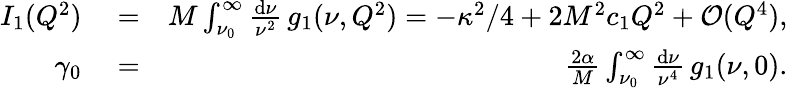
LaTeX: \begin{array}{rlr}{I_{1}(Q^{2})}&{{}=}&{M\int_{\nu_{0}}^{\infty}\frac{\mathrm{d}\nu}{\nu^{2}}\, g_{1}(\nu,Q^{2})=-\kappa^{2}/4+2M^{2}c_{1}Q^{2}+\mathcal{O}(Q^{4}),}\\ {\gamma_{0}}&{{}=}&{\frac{2\alpha}{M}\int_{\nu_{0}}^{\infty}\frac{\mathrm{d}\nu}{\nu^{4}}\, g_{1}(\nu,0).}\end{array}